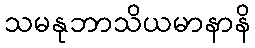
သမနုဘာသိယမာနာနိ